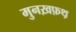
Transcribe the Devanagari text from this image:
मुनख़फ़थ़